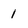
Character: 1